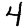
Digit: 4